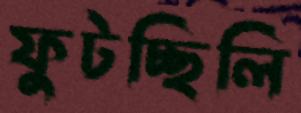
ফুটচ্ছিলি